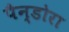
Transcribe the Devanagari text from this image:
पैन्डोरा